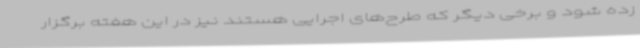
زده شود و برخی دیگر که طرح‌های اجرایی هستند نیز در این هفته برگزار